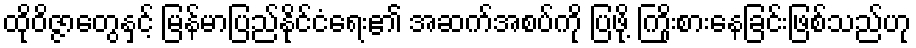
ထိုဝိဇ္ဇာတွေနှင့် မြန်မာပြည်နိုင်ငံရေး၏ အဆက်အစပ်ကို ပြဖို့ ကြိုးစားနေခြင်းဖြစ်သည်ဟု